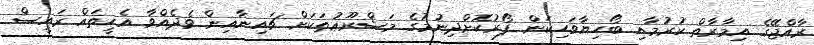
ރާއްޖޭގެ އިމާރާތް ކުރުމާއި ބޯހިޔާވަހިކަން ފޯރުކޮށްދިނުމުގެ މަޝްރޫޢުތަކަށް ޗައިނާއިން ވެދެއްވާ އެހީތައް ރައީސް